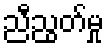
ညီညွတ်မှု